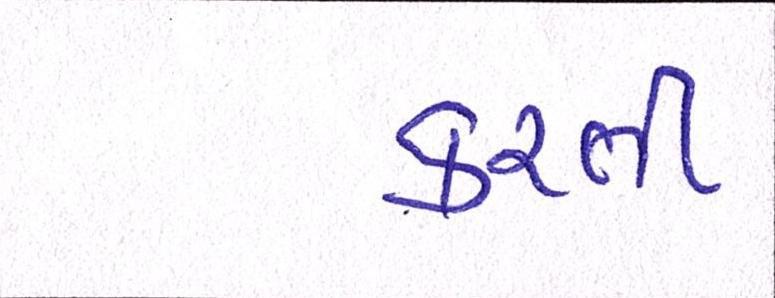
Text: કરતી